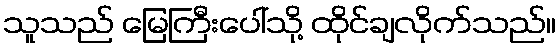
သူသည် မြေကြီးပေါ်သို့ ထိုင်ချလိုက်သည်။